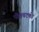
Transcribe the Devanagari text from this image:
पीतचटकी